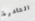
القادرة